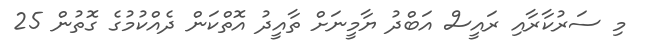
މި ސަރުކާރާއި ރައީސް އަބްދު ޔާމީނަށް ތާއީދު އޮތްކަން ދެއްކުމުގެ ގޮތުން 25